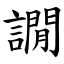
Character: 譋